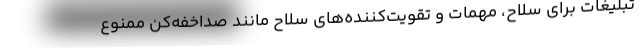
تبلیغات برای سلاح، مهمات و تقویت‌کننده‌های سلاح مانند صداخفه‌کن ممنوع